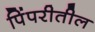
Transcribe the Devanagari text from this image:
पिंपरीतील